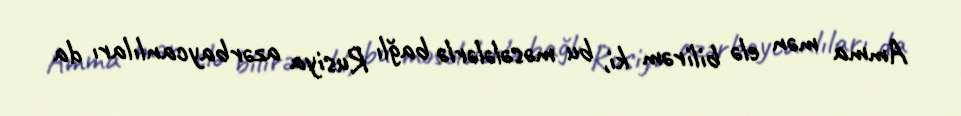
Amma mən elə bilirəm ki, bu məsələlərlə bağlı Rusiya azərbaycanlıları da